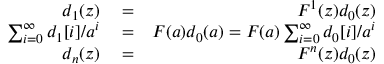
\begin{array} { r l r } { d _ { 1 } ( z ) } & { { } = } & { F ^ { 1 } ( z ) d _ { 0 } ( z ) } \\ { \sum _ { i = 0 } ^ { \infty } d _ { 1 } [ i ] / a ^ { i } } & { { } = } & { F ( a ) d _ { 0 } ( a ) = F ( a ) \sum _ { i = 0 } ^ { \infty } d _ { 0 } [ i ] / a ^ { i } } \\ { d _ { n } ( z ) } & { { } = } & { F ^ { n } ( z ) d _ { 0 } ( z ) } \end{array}